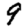
Digit: 9